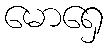
မောရှေ